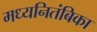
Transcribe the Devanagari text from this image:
मध्यनितंबिका